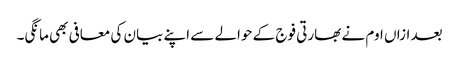
بعد ازاں اوم نے بھارتی فوج کے حوالے سے اپنے بیان کی معافی بھی مانگی۔